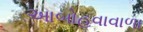
આબોહવાવાળા